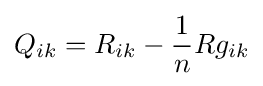
Q_{ik}=R_{ik}-{\frac {1}{n}}Rg_{ik}